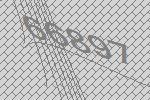
66897